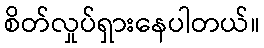
စိတ်လှုပ်ရှားနေပါတယ်။